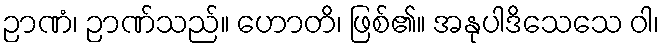
ဉာဏံ၊ ဉာဏ်သည်။ ဟောတိ၊ ဖြစ်၏။ အနုပါဒိသေသေ ဝါ၊